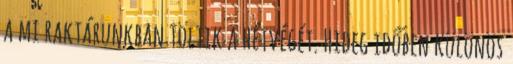
a mi raktárunkban töltik a hétvégét. Hideg időben különös